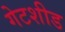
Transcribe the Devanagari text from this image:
गेटशीड